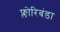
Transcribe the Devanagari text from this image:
फ्लोरिबंडा